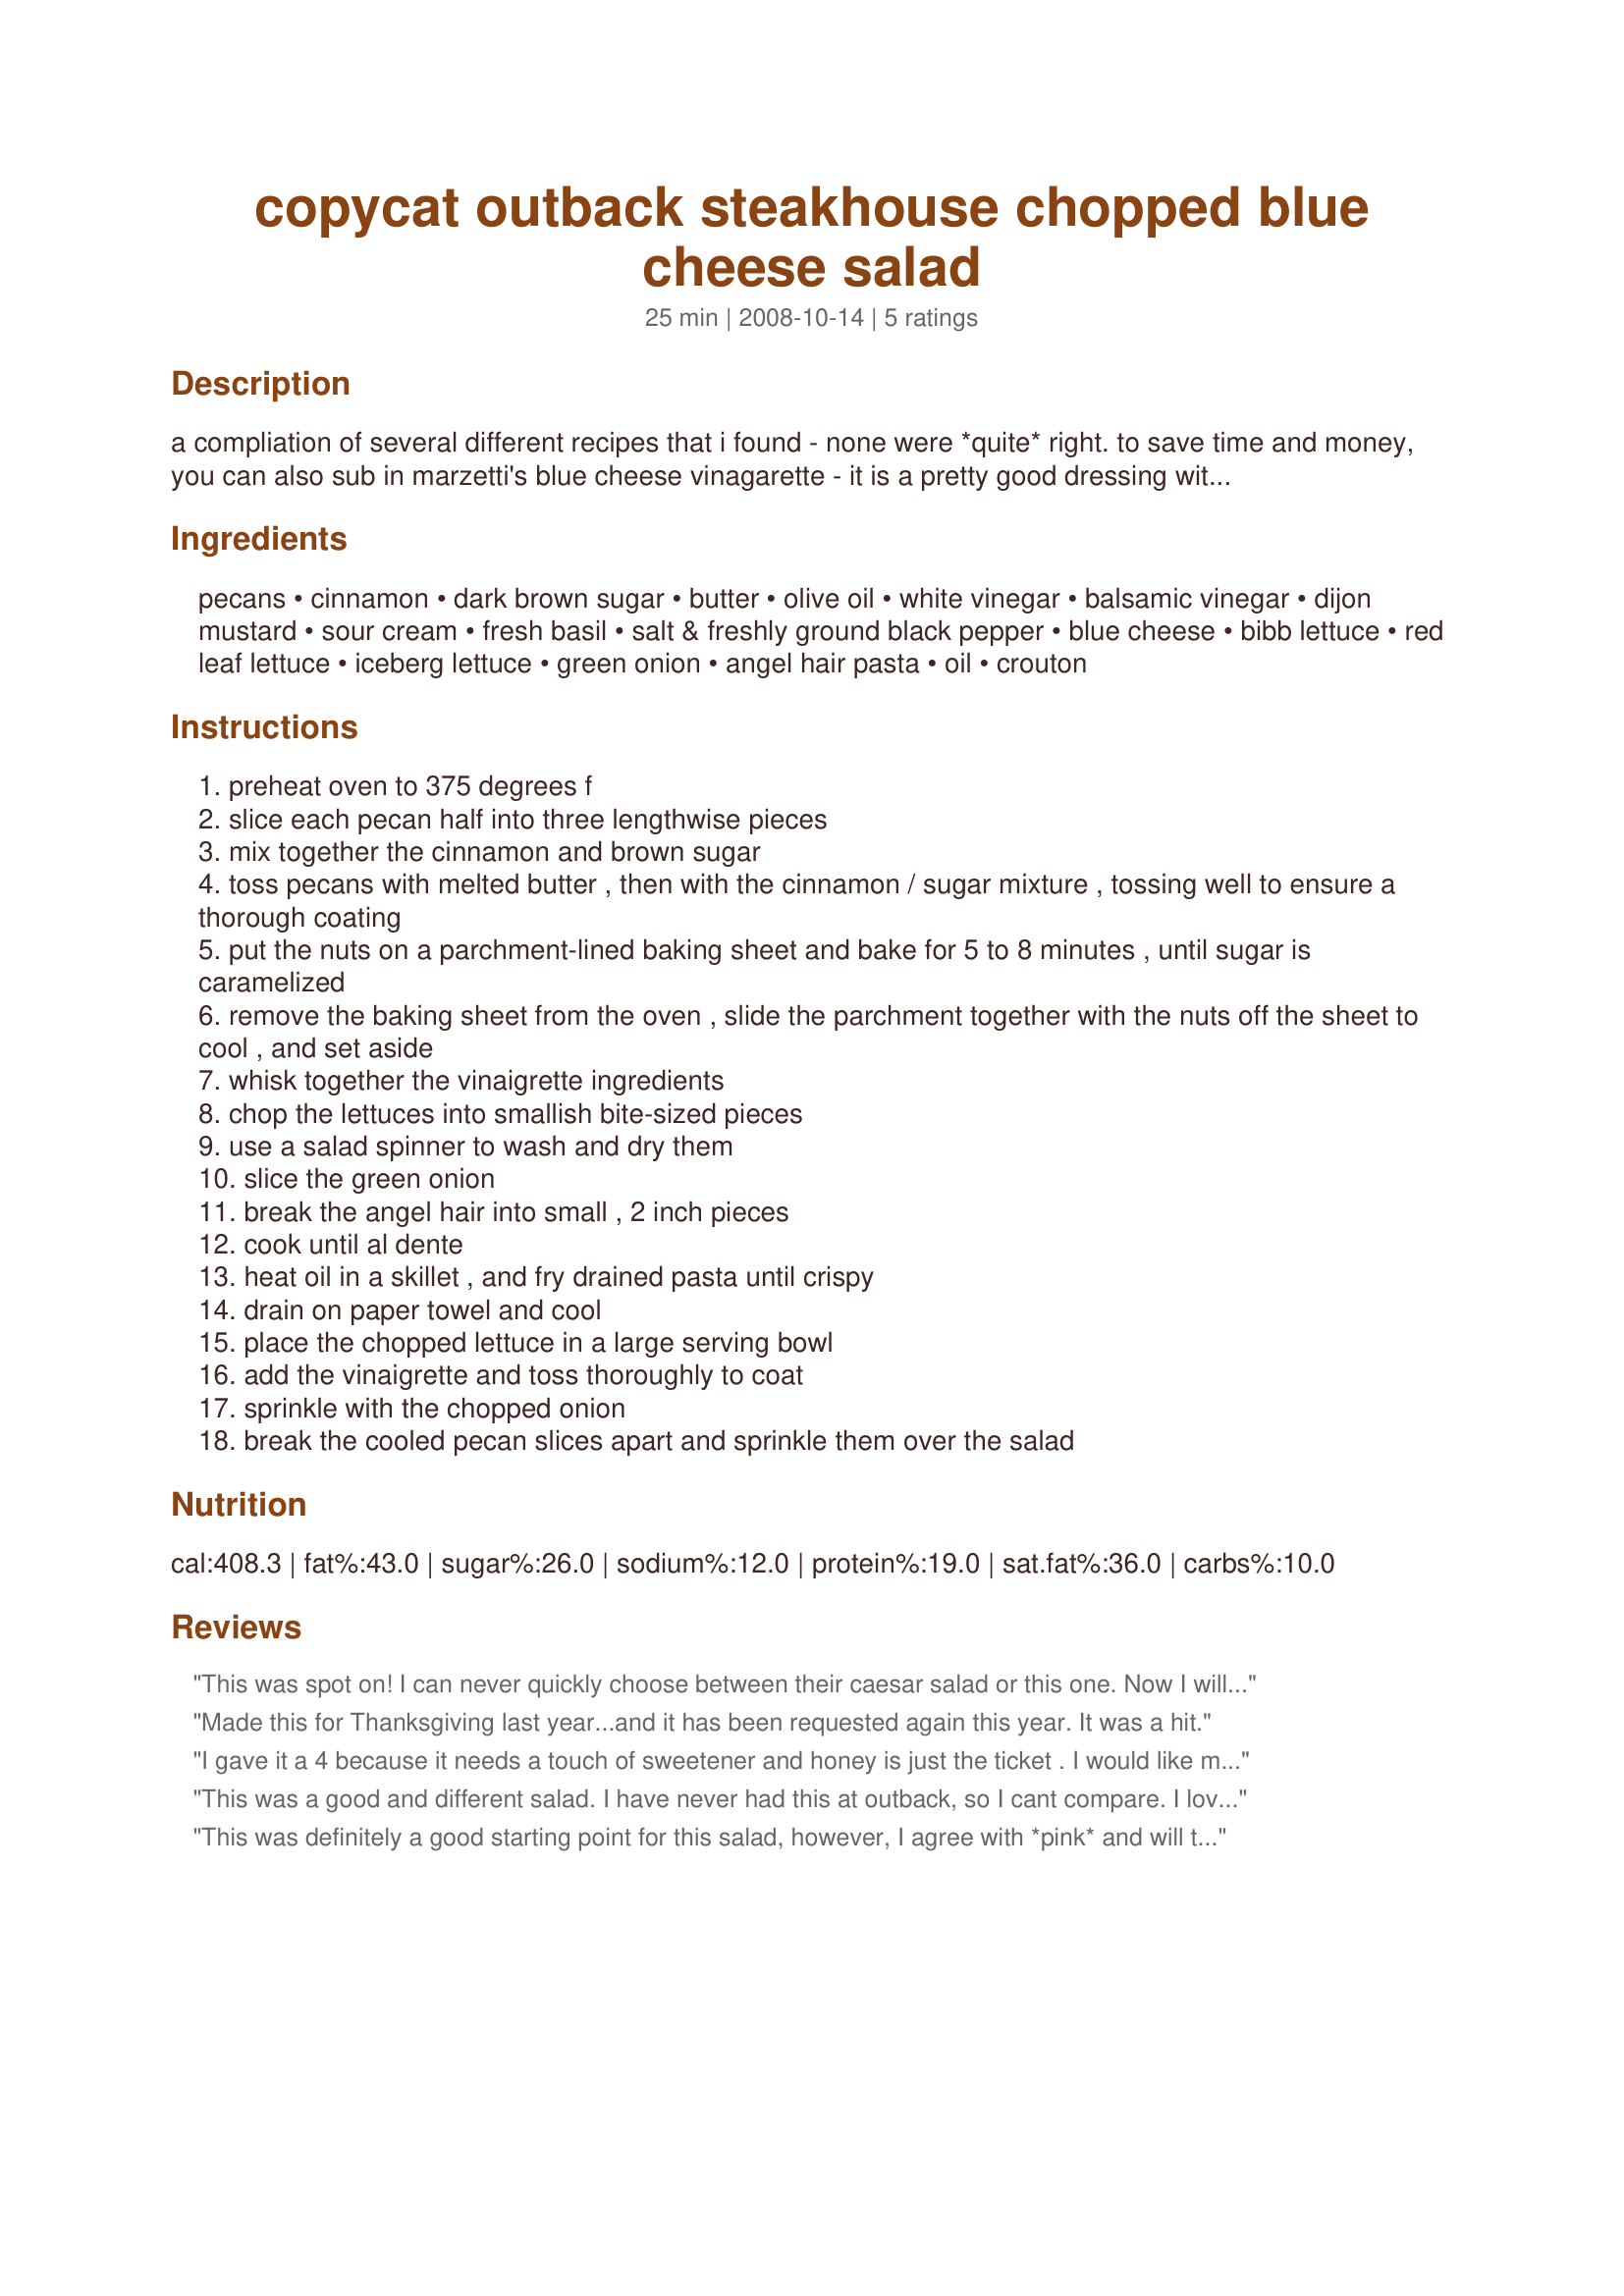
copycat outback steakhouse chopped blue cheese salad
Preparation time: 25 minutes

a compliation of several different recipes that i found - none were *quite* right. to save time and money, you can also sub in marzetti's blue cheese vinagarette - it is a pretty good dressing without all the work!

Ingredients:
pecans, cinnamon, dark brown sugar, butter, olive oil, white vinegar, balsamic vinegar, dijon mustard, sour cream, fresh basil, salt & freshly ground black pepper, blue cheese, bibb lettuce, red leaf lettuce, iceberg lettuce, green onion, angel hair pasta, oil, crouton

Steps:
preheat oven to 375 degrees f
slice each pecan half into three lengthwise pieces
mix together the cinnamon and brown sugar
toss pecans with melted butter , then with the cinnamon / sugar mixture , tossing well to ensure a thorough coating
put the nuts on a parchment-lined baking sheet and bake for 5 to 8 minutes , until sugar is caramelized
remove the baking sheet from the oven , slide the parchment together with the nuts off the sheet to cool , and set aside
whisk together the vinaigrette ingredients
chop the lettuces into smallish bite-sized pieces
use a salad spinner to wash and dry them
slice the green onion
break the angel hair into small , 2 inch pieces
cook until al dente
heat oil in a skillet , and fry drained pasta until crispy
drain on paper towel and cool
place the chopped lettuce in a large serving bowl
add the vinaigrette and toss thoroughly to coat
sprinkle with the chopped onion
break the cooled pecan slices apart and sprinkle them over the salad

Reviews:
This was spot on! I can never quickly choose between their caesar salad or this one. Now I will be able to make this regularly for the family. Thanks for sharing the secret!
Made this for Thanksgiving last year...and it has been requested again this year. It was a hit.
I gave it a 4 because it needs a touch of sweetener and honey is just the ticket . I would like mine served to me with an adult beverage on the side though.
This was a good and different salad. I have never had this at outback, so I cant compare. I loved the candied pecans. The pecans, blue cheese, and vinaigrette paired very well together. The only thing I wish I would of had was some nice creamy fresh blue cheese. I only had the crumbled that comes in the tubs, which are never as good as the fresh chunks you get. So next time I make this I will for sure use the fresh creamy kind, because it really would make the salad divine! I did think the vinaigrette needed some sugar added. Other than that I went by the recipe. I will also buy next time the chow mein noodles for salad instead of making pieces from angel hair pasta. It takes away an extra step. Thanks for the recipe!
This was definitely a good starting point for this salad, however, I agree with *pink* and will try using a touch of sugar or a sweeter vinegar next time as the dressing was too tart for our taste. On the other hand, the pecans were a great recipe in itself and easy enough to make for a quick snack! :) Thanks for sharing!
